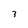
Character: 3